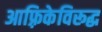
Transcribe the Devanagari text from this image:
आफ़्रिकेविरूद्ध